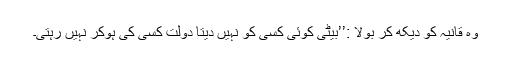
وہ قانیہ کو دیکھ کر بولا :’’بیٹی کوئی کسی کو نہیں دیتا دولت کسی کی ہوکر نہیں رہتی۔